Vabadussoja_Ajaloo_Komitee, lk 24
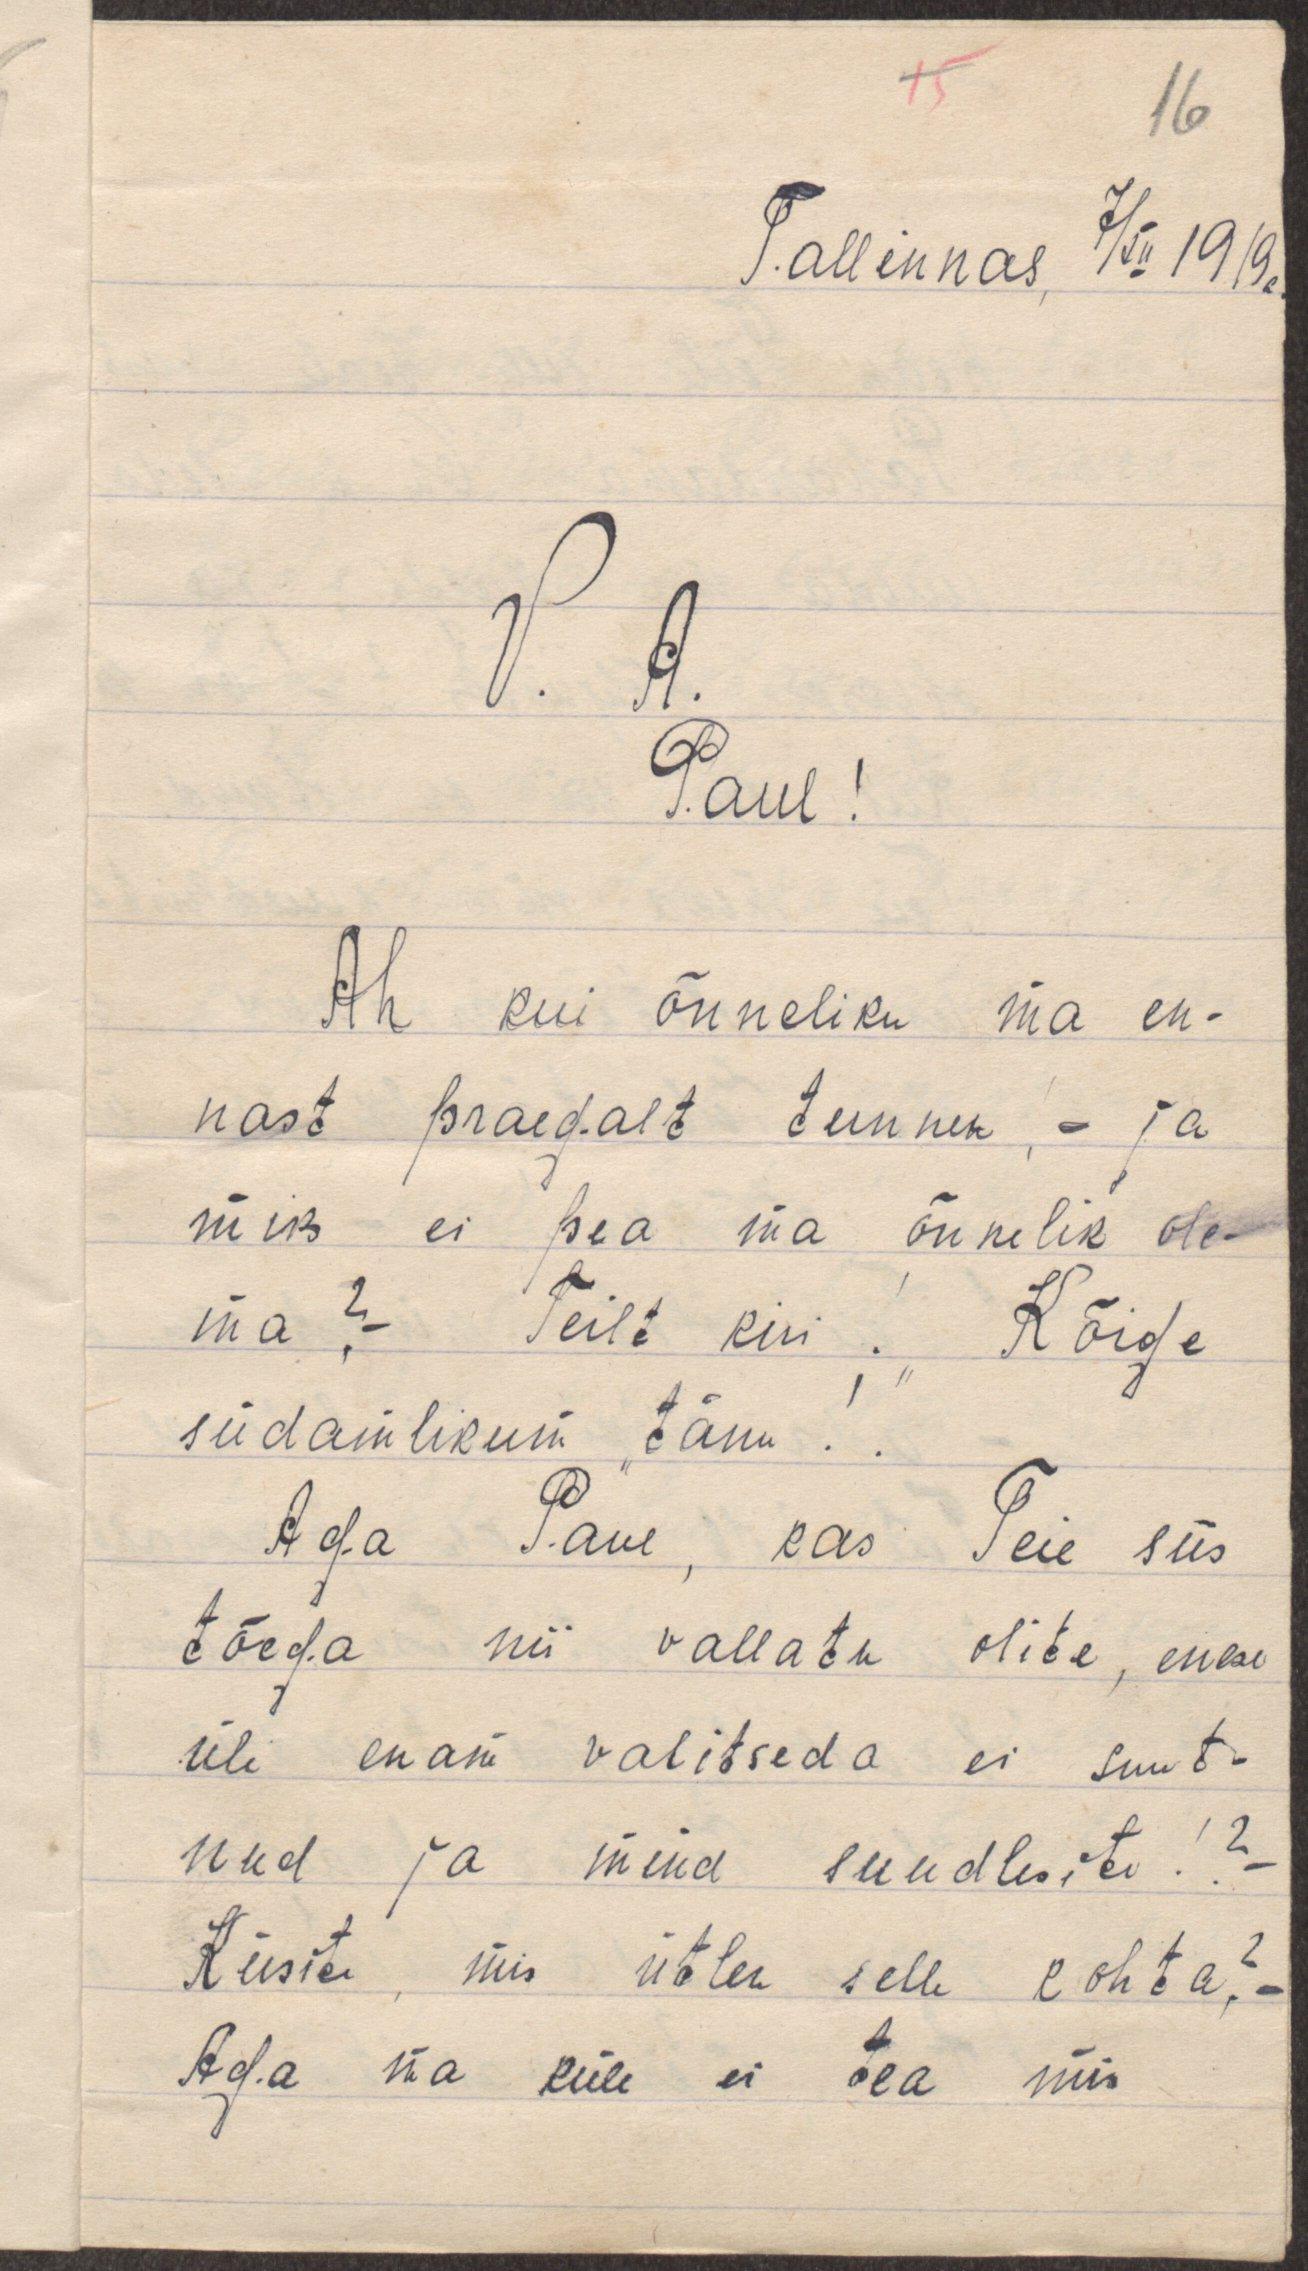
15
16
Tallinnas, 7/XII 1919a.

V. A.
Paul!
Ah kui õnneliku ma en-
nast praegalt tunnen! - ja
miks ei pea ma õnnelik ole-
ma? - Teilt kiri! "Kõige
südamlikum "tänu !."
Aga Paul, kas Teie siis
tõega nii vallatu olite, enese
üle enam valitseda ei suut-
nud ja mind suudlesite!?-
Küsite, mis ütlen selle kohta?-
Aga ma küll ei tea mis